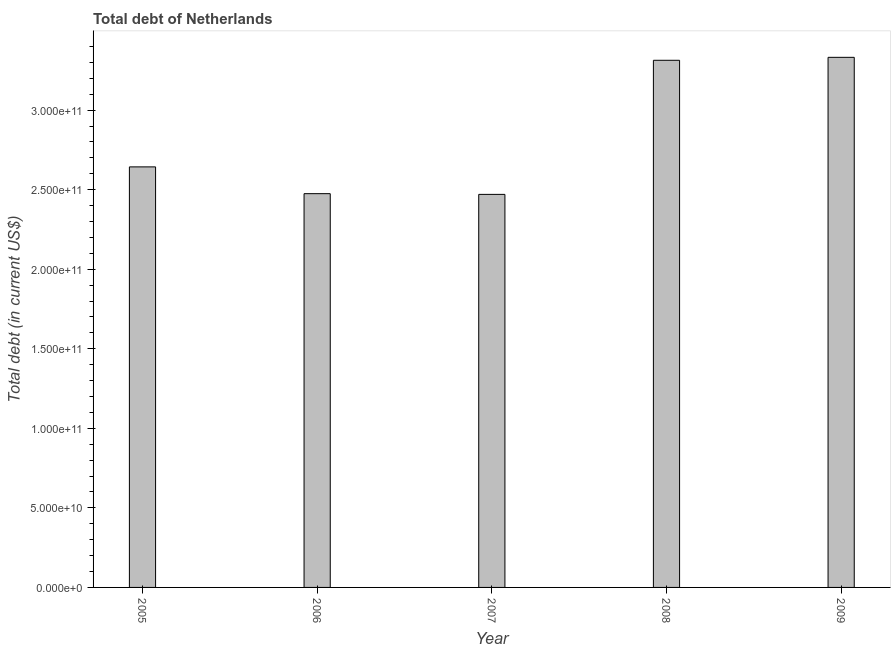
| Year | Central government debt |
 | --- | --- |
 | 2005 | 2.64e+11 |
 | 2006 | 2.47e+11 |
 | 2007 | 2.47e+11 |
 | 2008 | 3.31e+11 |
 | 2009 | 3.33e+11 |